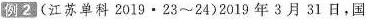
例2(江苏单科2019·23\sim 24)2019年3月31日，国